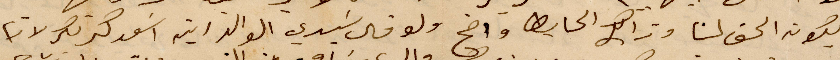
يكون الحق لنا وذاك الحابط واضح ولو قال سيدي الوالد ريته اسعد كريكر لانها